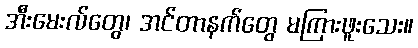
အီးမေးလ်တွေ၊ အင်တာနက်တွေ မကြားဖူးသေး။